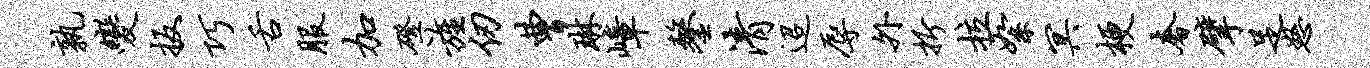
孰变扳巧舌服加磴旌仞曹琳嶂鏊清迢辱外折拉絮冥梗奢擘足怒